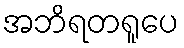
အဘိရတရူပေ